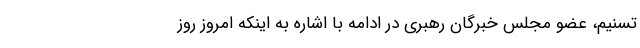
تسنیم، عضو مجلس خبرگان رهبری در ادامه با اشاره به اینکه امروز روز